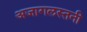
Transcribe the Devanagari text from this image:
अजागलस्तनी